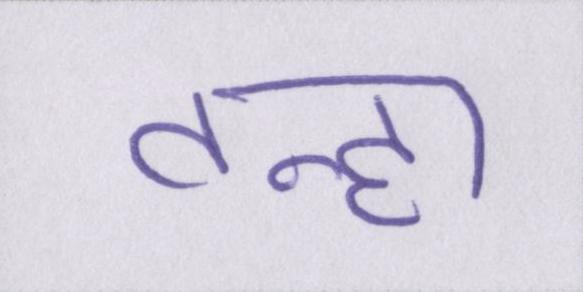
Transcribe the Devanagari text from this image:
तन्हा